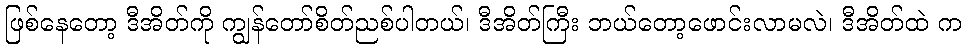
ဖြစ်နေတော့ ဒီအိတ်ကို ကျွန်တော်စိတ်ညစ်ပါတယ်၊ ဒီအိတ်ကြီး ဘယ်တော့ဖောင်းလာမလဲ၊ ဒီအိတ်ထဲ က